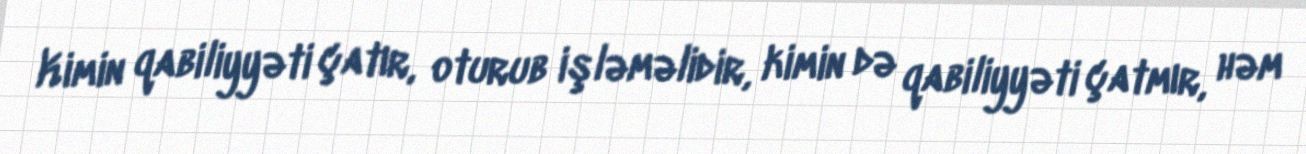
Kimin qabiliyyəti çatır, oturub işləməlidir, kimin də qabiliyyəti çatmır, həm